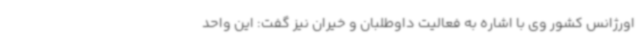
اورژانس کشور وی با اشاره به فعالیت داوطلبان و خیران نیز گفت: این واحد